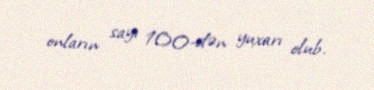
onların sayı 100-dən yuxarı olub.